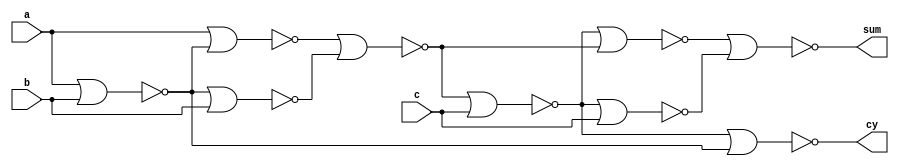
`timescale 1ns / 1ps
//////////////////////////////////////////////////////////////////////////////////
// Company: 
// Engineer: 
// 
// Design Name: 
// Module Name: fa_nor
// Project Name: 
// Target Devices: 
// Tool Versions: 
// Description: 
// 
// Dependencies: 
// 
// Revision:
// Revision 0.01 - File Created
// Additional Comments:
// 
//////////////////////////////////////////////////////////////////////////////////


module fa_nor(input a,b,c, output sum,cy );
wire w1,w2,w3,w4,w5,w6,w7;
nor n1(w1,a,b);
nor n2(w2,a,w1);
nor n3(w3,w1,b);
nor n4(w4,w2,w3);
nor n5(w5,w4,c);
nor n6(w6,w5,w4);
nor n7(w7,w5,c);
nor n8(sum,w6,w7);
nor n9(cy,w5,w1);
endmodule